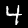
Label: 4